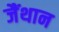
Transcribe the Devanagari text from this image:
जैंथान